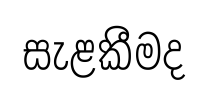
සැළකීමද